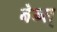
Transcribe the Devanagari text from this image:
बेब्स्